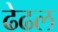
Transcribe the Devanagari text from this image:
ढेढल